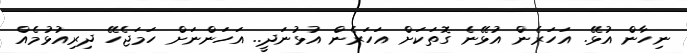
ނިހާން އުޅޭ. އަހަރެން އުޅޭނެ ގޮތަކަށް އަހަރެން އުޅުނަދީ.. އަހަންނަށް ހަމަޖެހޭ ދިރިއުޅުމެއް